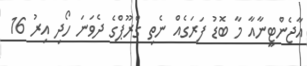
އާޖެންޓީނާއާ މާ ބޮޑު ފަރަގެއް ނެތި ގްރޫޕްގެ ދެވަނަ ހޯދި އިރު 16